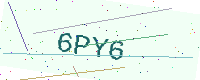
Text: 6PY6